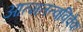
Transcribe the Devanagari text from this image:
आत्मतत्वविवेक